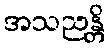
အသညန္တိ